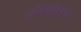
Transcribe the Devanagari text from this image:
सौंदर्यानुभूति